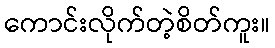
ကောင်းလိုက်တဲ့စိတ်ကူး။